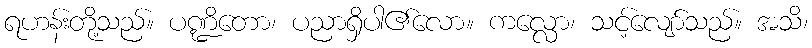
ရဟန်းတို့သည်။ ပဏ္ဍိတော၊ ပညာရှိပါ၏လော။ ကလ္လော၊ သင့်လျော်သည်။ အသိ၊